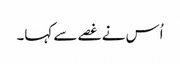
اُس نے غصے سے کہا۔